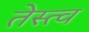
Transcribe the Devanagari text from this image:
तेस्त्व